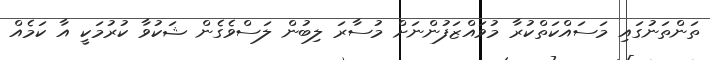
ތަންތަނުގައި މަސައްކަތްކުރާ މުވައްޒަފުންނަށް މުސާރަ ލިބުން ލަސްވެގެން ޝަކުވާ ކުރުމަކީ އާ ކަމެއް